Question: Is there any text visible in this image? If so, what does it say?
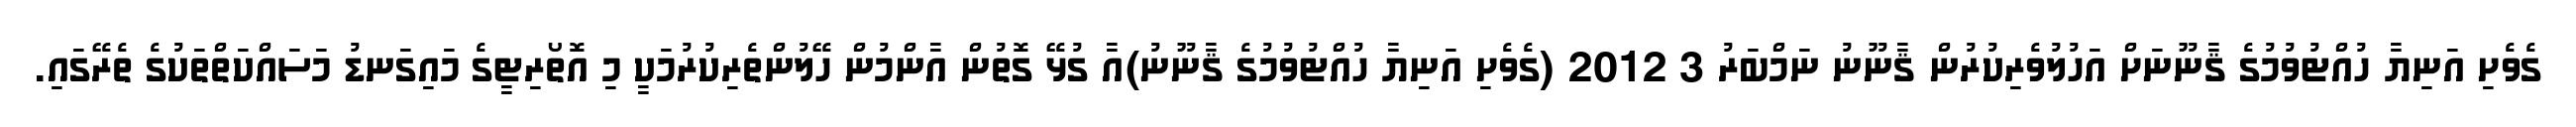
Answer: ގެވެށި އަނިޔާ ހުއްޓުވުމުގެ ޤާނޫނަށް އަހުލުވެރިކުރުން ޤާނޫނު ނަމްބަރު 3 2012 (ގެވެށި އަނިޔާ ހުއްޓުވުމުގެ ޤާނޫނު)އާ ގުޅޭ ގޮތުން އާންމުން ހޭލުންތެރިކުރުމަކީ މި އޮތޯރިޓީގެ މައިގަނޑު މަސައްކަތްތަކުގެ ތެރޭގައި.